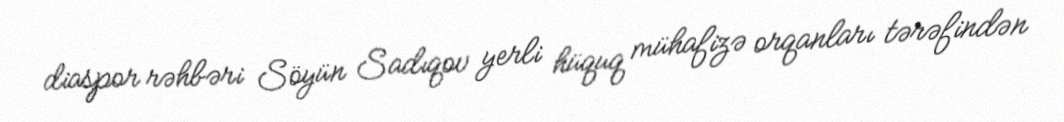
diaspor rəhbəri Söyün Sadıqov yerli hüquq mühafizə orqanları tərəfindən